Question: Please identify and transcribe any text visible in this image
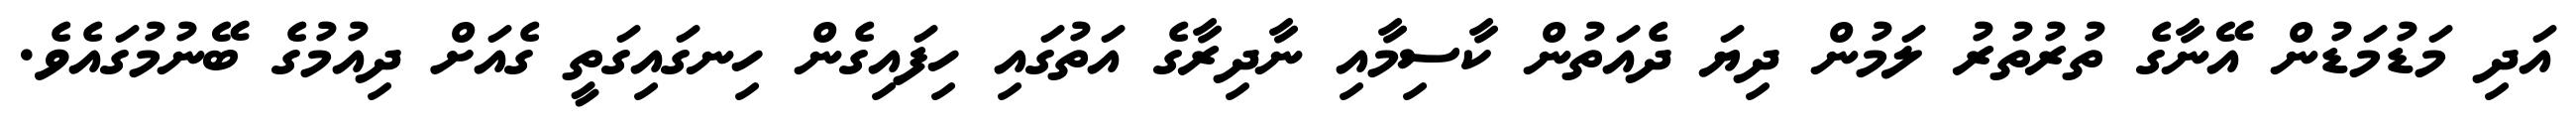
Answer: އަދި މަޑުމަޑުން އޭނާގެ ތުރުތުރު ލަމުން ދިޔަ ދެއަތުން ކާސިމާއި ނާދިރާގެ އަތުގައި ހިފައިގެން ހިނގައިގަތީ ގެއަށް ދިއުމުގެ ބޭނުމުގައެވެ.